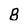
Character: B